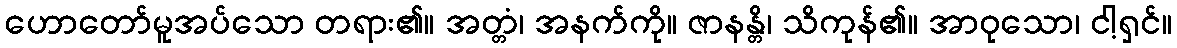
ဟောတော်မူအပ်သော တရား၏။ အတ္တံ၊ အနက်ကို။ ဇာနန္တိ၊ သိကုန်၏။ အာဝုသော၊ ငါ့ရှင်။